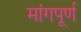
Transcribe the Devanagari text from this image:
मांगपूर्ण